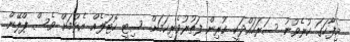
މިފާހަގަ ކުރެވުނު ސަރަހައްދަކީ ކުރިން ފަތުރުވެރިކަމަށް ސިޓީ ހޮޓަލެއް އެޅުމަށް ވެސް ޕްލޭން